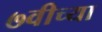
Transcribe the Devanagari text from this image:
७वीच्या